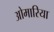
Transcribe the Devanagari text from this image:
ओमारिया